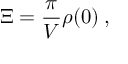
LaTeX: \Xi = \frac { \pi } { V } \rho ( 0 ) \: ,